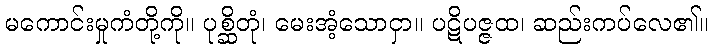
မကောင်းမှုကံတို့ကို။ ပုစ္ဆိတုံ၊ မေးအံ့သောငှာ။ ပဋိပဇ္ဇထ၊ ဆည်းကပ်လေ၏။